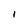
Character: l